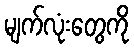
မျက်လုံးတွေကို